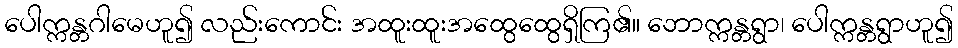
ပေါက္ကန္တဂါမေဟူ၍ လည်းကောင်း အထူးထူးအထွေထွေရှိကြ၏။ ဘောက္ကန္တရွာ၊ ပေါက္ကန္တရွာဟူ၍